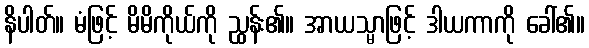
နိပါတ်။ မံဖြင့် မိမိကိုယ်ကို ညွှန်း၏။ အာယသ္မာဖြင့် ဒါယကာကို ခေါ်၏။